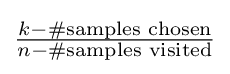
{\textstyle {\frac {k-\#{\text{samples chosen}}}{n-\#{\text{samples visited}}}}}